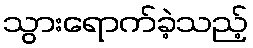
သွားရောက်ခဲ့သည့်